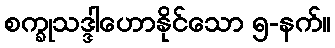
စက္ခုသဒ္ဒါဟောနိုင်သော ၅-နက်။